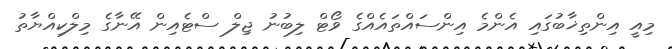
މިއީ އިންތިޚާބުގައި އެންމެ އިންސައްތައެއްގެ ވޯޓް ލިބުނު ޖިލް ސްޓެއިން އޭނާގެ މިލްކިއްޔާތު